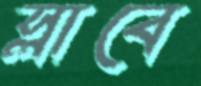
স্লাবে